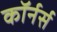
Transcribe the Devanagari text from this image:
कॉर्नर्स